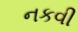
નકવી